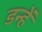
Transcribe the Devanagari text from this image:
डन्हें